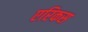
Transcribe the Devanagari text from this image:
एरिकस